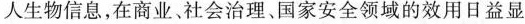
人生物信息，在商业、社会治理、国家安全领域的效用日益显